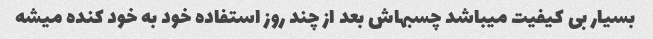
بسیار بی کیفیت میباشد چسبهاش بعد از چند روز استفاده خود به خود کنده میشه